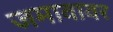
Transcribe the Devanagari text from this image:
जमावावर